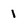
Character: 1